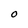
Character: O